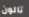
تالون